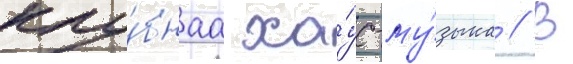
клу́бнаа ха́ус-му́зыка // В